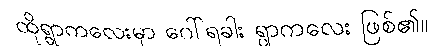
ထိုရွာကလေးမှာ ဂေါ်ရခါး ရွာကလေး ဖြစ်၏။